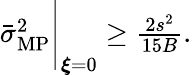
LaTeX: \begin{array}{r}{\bar{\sigma}_{\mathrm{MP}}^{2}\Bigg|_{{\boldsymbol\xi}=0}\geq\frac{2s^{2}}{15B}.}\end{array}